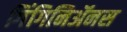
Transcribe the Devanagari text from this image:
गिंगिनिॲनस